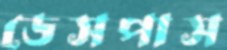
ডেসপাস